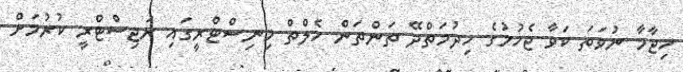
ހިޖާމާ ނުވަތަ ކަވާ ޖެހުމުގެ ހިދުމަތްދޭ ތަންތަން ހެލްތް މިނިސްޓްރީގައި ރަޖިސްޓްރީ ކުރުމަށް